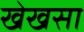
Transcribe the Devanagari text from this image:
खेखसा